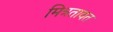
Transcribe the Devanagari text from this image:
मित्रतावत